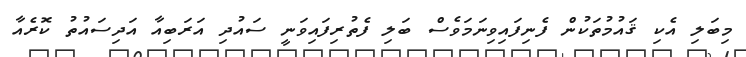
މިބަލި އެކި ޤައުމުތަކުން ފެނިފައިވިނަމަވެސް ބަލި ފެތުރިފައިވަނީ ސައުދި އަރަބިއާ އަދިސައުތު ކޮރެއާ